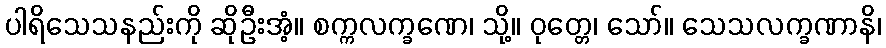
ပါရိသေသနည်းကို ဆိုဦးအံ့။ စက္ကလက္ခဏေ၊ သို့။ ဝုတ္တေ၊ သော်။ သေသလက္ခဏာနိ၊